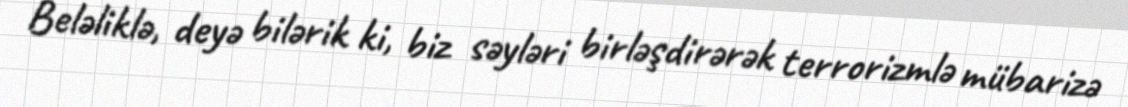
Beləliklə, deyə bilərik ki, biz səyləri birləşdirərək terrorizmlə mübarizə